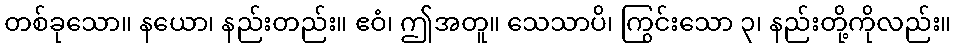
တစ်ခုသော။ နယော၊ နည်းတည်း။ ဧဝံ၊ ဤအတူ။ သေသာပိ၊ ကြွင်းသော ၃၊ နည်းတို့ကိုလည်း။